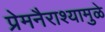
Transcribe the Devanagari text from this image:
प्रेमनैराश्‍यामुळे